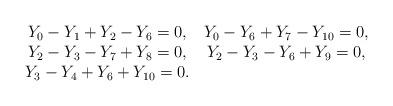
LaTeX: \begin{align*}\begin{array}{cc}Y_{0}-Y_{1}+Y_{2}-Y_{6}=0, & Y_{0}-Y_{6}+Y_{7}-Y_{10}=0,\\Y_{2}-Y_{3}-Y_{7}+Y_{8}=0, & Y_{2}-Y_{3}-Y_{6}+Y_{9}=0,\\Y_{3}-Y_{4}+Y_{6}+Y_{10}=0.\end{array}\end{align*}